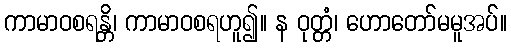
ကာမာဝစရန္တိ၊ ကာမာဝစရဟူ၍။ န ဝုတ္တံ၊ ဟောတော်မမူအပ်။